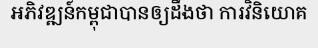
អភិវឌ្ឍន៍កម្ពុជាបានឲ្យដឹងថា ការវិនិយោគ